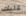
عليك